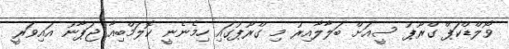
ވޯލްޑްކަޕް ގްރޫޕު ސީއަށް ބަލާލާއިރު މި ގްރޫޕުގައި ހިމެނެނީ ކޮލަމްބިއާ ޖަޕާނު އައިވަރީ